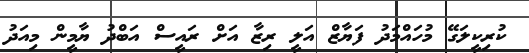
ކުރިކީލަގޭ މުހައްމަދު ފަޔާޒް އަލީ ރިޒާ އަށް ރައީސް އަބްދު ޔާމީން މިއަދު